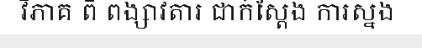
វិភាគ ពី ពង្សាវតារ ជាក់ស្តែង ការស្នង